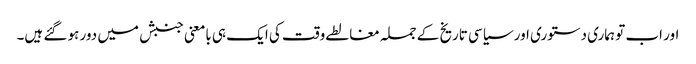
اور اب تو ہماری دستوری اور سیاسی تاریخ کے جملہ مغالطے وقت کی ایک ہی بامعنی جنبش میں دور ہو گئے ہیں۔